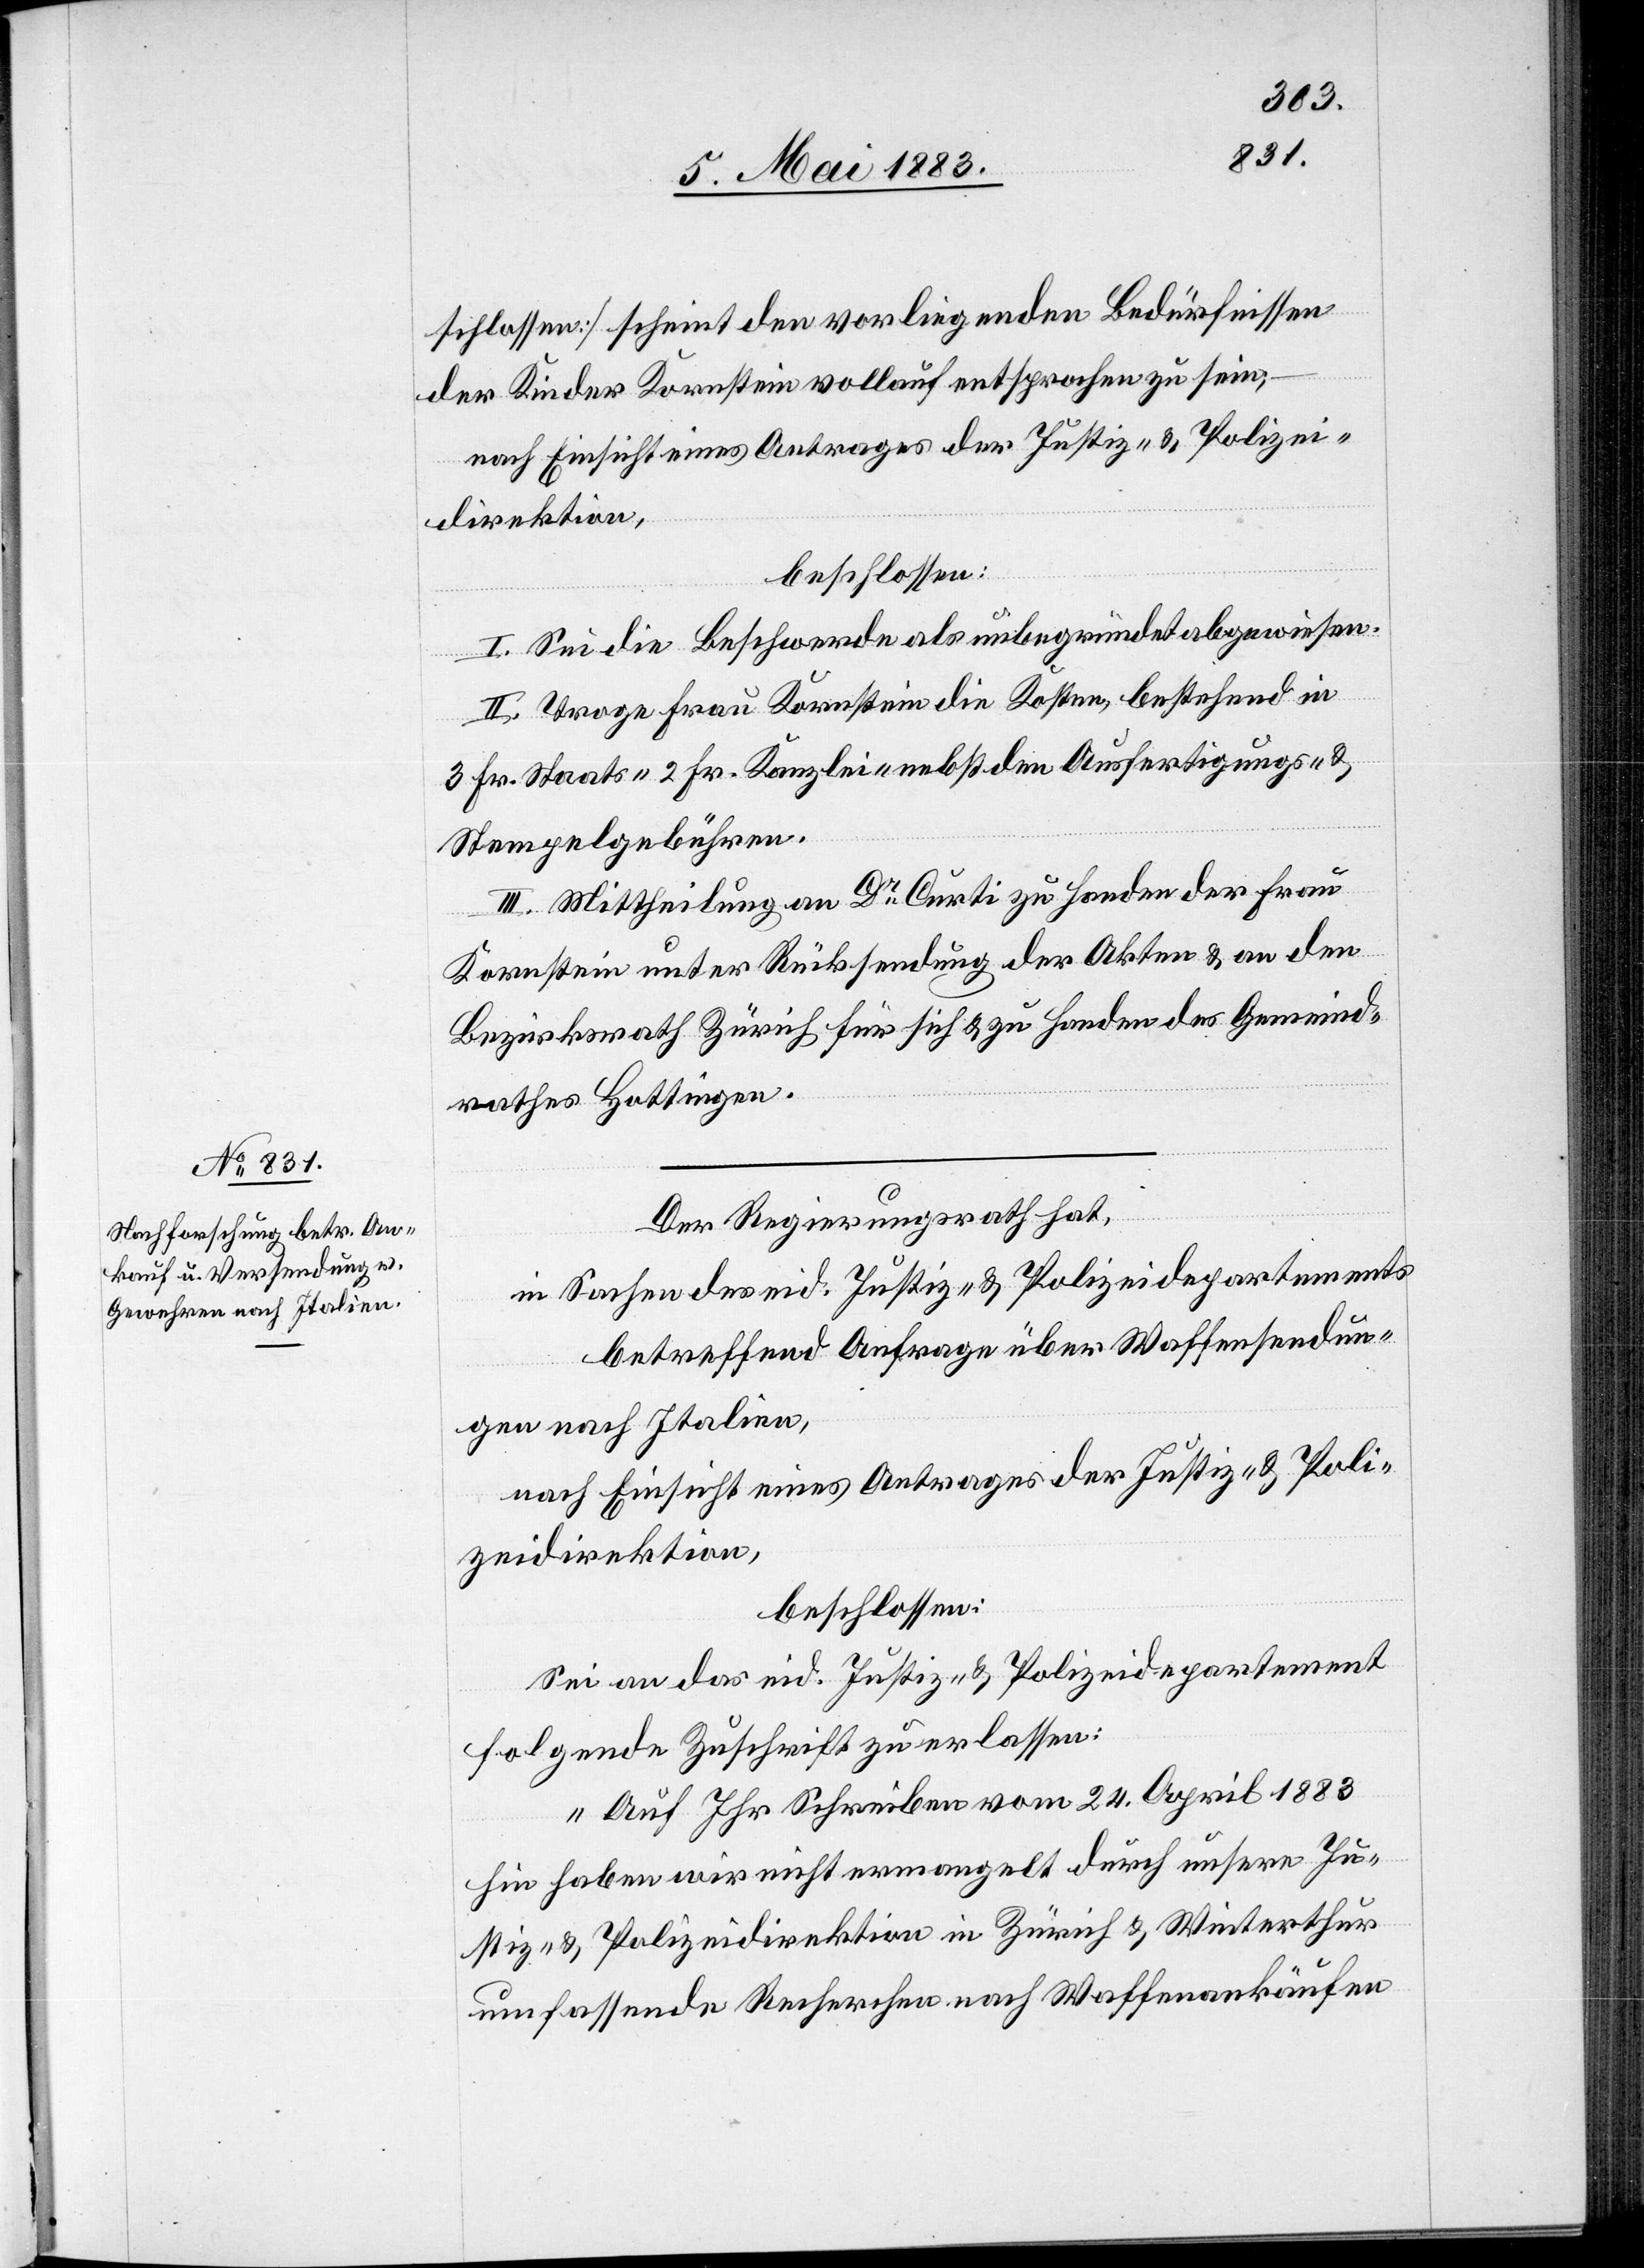
schlossen] scheint den vorliegenden Bedürfnissen
der Kinder Kornstein vollauf entsprochen zu sein;
nach Einsicht eines Antrages der Justiz- & Polizei¬
direktion,
beschlossen:
I. Sei die Beschwerde als unbegründet abgewiesen.
II. Trage Frau Kornstein die Kosten, bestehend in
3 Fr. Staats-[,] 2 Fr. Kanzlei- nebst den Ausfertigungs- und
Stempelgebühren.
III. Mittheilung an Dr Curti zu Handen der Frau
Kornstein unter Rücksendung der Akten & an den
Bezirksrath Zürich für sich & zu Handen des Gemeind¬
rathes Hottingen.
Der Regierungsrath hat,
in Sachen des eid. Justiz- & Polizeidepartements
betreffend Anfrage über Waffensendun¬
gen nach Italien,
nach Einsicht eines Antrages der Justiz- & Poli¬
zeidirektion,
beschlossen:
Sei an das eid. Justiz- & Polizeidepartement
folgende Zuschrift zu erlassen:
„Auf Ihr Schreiben vom 24. April 1883
hin haben wir nicht ermangelt durch unsere Ju¬
stiz- & Polizeidirektion in Zürich & Winterthur
umfassende Recherchen nach Waffenankäufen